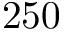
2 5 0